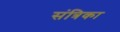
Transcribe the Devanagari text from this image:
संत्रिका